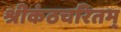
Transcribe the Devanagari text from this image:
श्रीकंठचरितम्